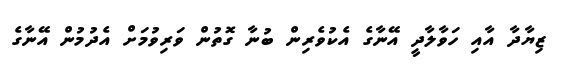
ޒިޔާދާ އާއި ހަވާލާދީ އޭނާގެ އެކުވެރިން ބުނާ ގޮތުން ވަރިވުމަށް އެދުމުން އޭނާގެ